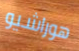
هوراشيو